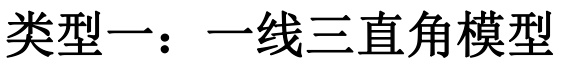
类型一：一线三直角模型